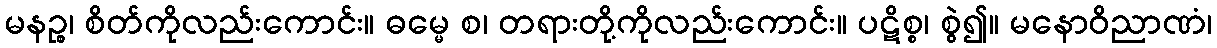
မနဉ္စ၊ စိတ်ကိုလည်းကောင်း။ ဓမ္မေ စ၊ တရားတို့ကိုလည်းကောင်း။ ပဋိစ္စ၊ စွဲ၍။ မနောဝိညာဏံ၊